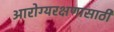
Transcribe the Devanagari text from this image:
आरोग्यरक्षणासाठी